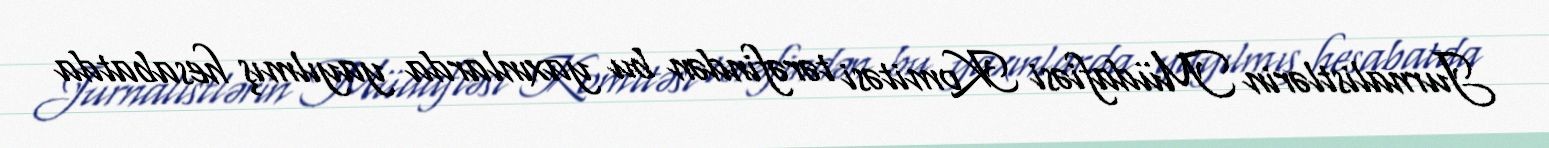
Jurnalistlərin Müdafiəsi Komitəsi tərəfindən bu yaxınlarda yayılmış hesabatda